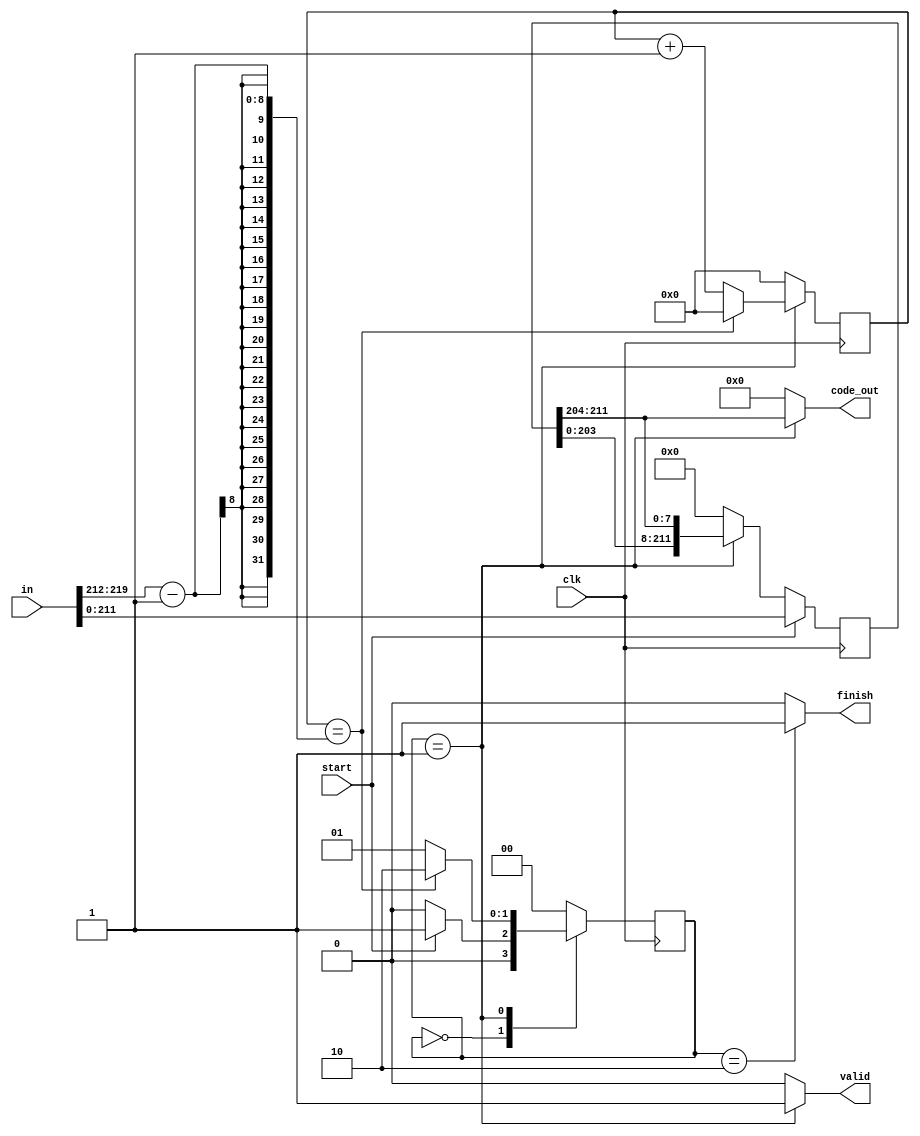
module decode(
    input clk,
    input start,
    input [223:0] in,
    output reg [7:0] code_out,
    output reg valid,
    output reg finish
);

parameter IDLE = 2'b00, DECODE = 2'b01, FIN = 2'b10;

reg [1:0] state, state_nxt;
reg [211:0] code_buf, code_buf_nxt;
reg [4:0] cnt, cnt_nxt;
wire [7:0] wordnum;

assign wordnum = in[219:212];

always @(posedge clk) begin
    state <= state_nxt;
    code_buf <= code_buf_nxt;
    cnt <= cnt_nxt;
end

always @(*) begin
    case(state) //synopsys parallel_case
    IDLE: state_nxt = (start) ? DECODE : IDLE;
    DECODE: state_nxt = (cnt == wordnum-1) ? FIN : DECODE;
    FIN: state_nxt = IDLE;
    default: state_nxt = IDLE;
    endcase
end

always @(*) begin
    code_buf_nxt = (start) ? in[211:0] : (state == DECODE) ? {code_buf[203:0], code_buf[211:204]} : 0;
    cnt_nxt = (state == DECODE) ? (cnt == wordnum-1) ? 0 : cnt+1'b1 : 0;
    code_out = (state == DECODE) ? code_buf[211:204] : 0;
    finish = (state == FIN) ? 1 : 0 ;
    valid = (state == DECODE) ? 1 : 0;
end

endmodule